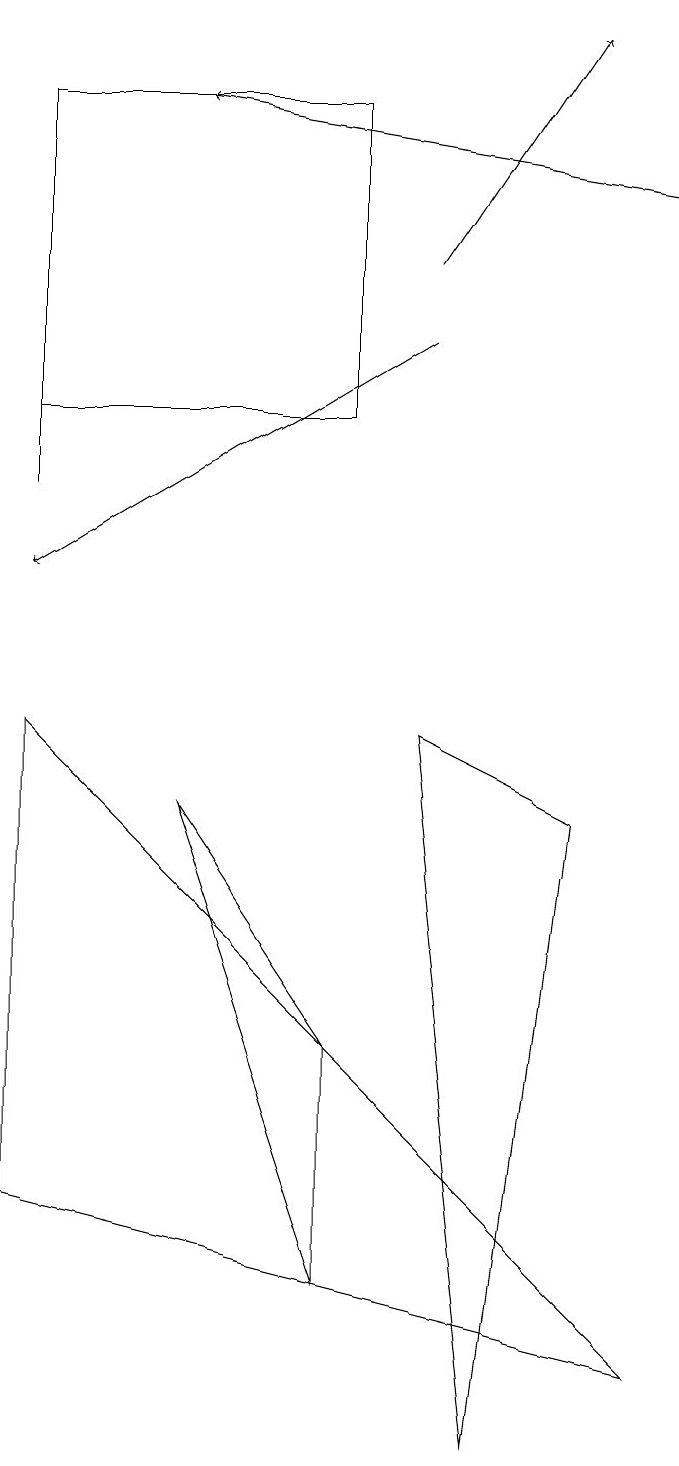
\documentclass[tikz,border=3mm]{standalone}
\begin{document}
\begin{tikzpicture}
\draw[->] (5,15) -- (7,18);
\draw (0,17) rectangle (4,13);
\draw[->] (5,14) -- (0,11);
\draw (0,12) rectangle (0,15);
\draw (4,2) -- (2,8) -- (4,5) -- cycle;
\draw[->] (8,16) -- (2,17);
\draw (5,9) -- (6,0) -- (7,8) -- cycle;
\draw (8,1) -- (0,3) -- (0,9) -- cycle;
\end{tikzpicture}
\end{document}